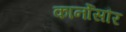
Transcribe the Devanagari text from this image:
कार्नोसौर